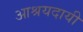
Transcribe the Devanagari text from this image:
आश्रयदायी